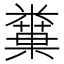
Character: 𥼢